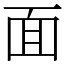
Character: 面